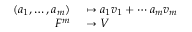
\begin{array} { r l } { ( a _ { 1 } , \ldots , a _ { m } ) } & { { } \mapsto a _ { 1 } v _ { 1 } + \cdots a _ { m } v _ { m } } \\ { F ^ { m } } & { { } \to V } \end{array}